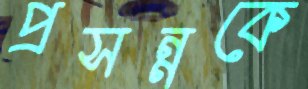
প্রসন্নকে